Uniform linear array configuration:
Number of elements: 32
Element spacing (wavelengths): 1
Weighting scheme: cosine
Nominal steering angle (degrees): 30
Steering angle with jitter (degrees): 30.721
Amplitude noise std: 0.05
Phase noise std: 0.05

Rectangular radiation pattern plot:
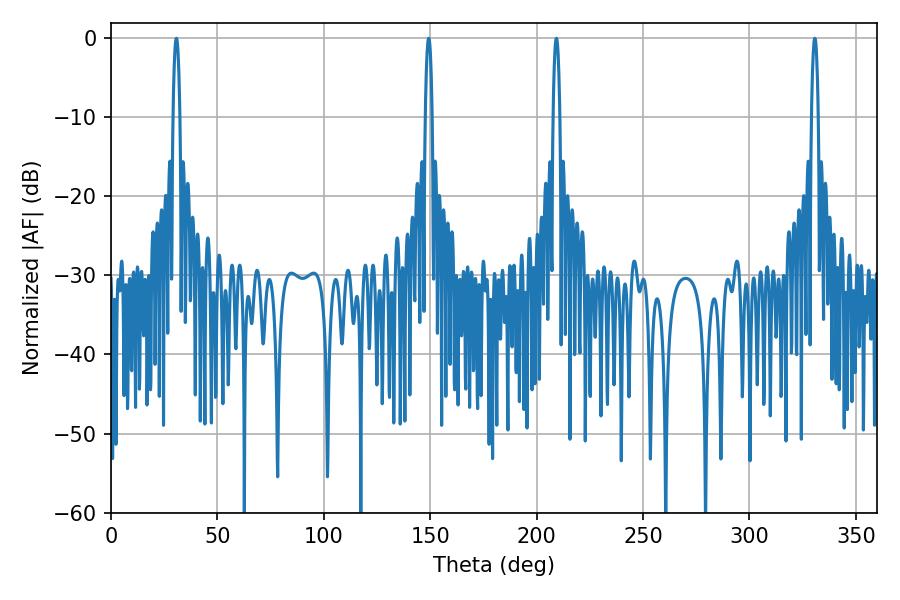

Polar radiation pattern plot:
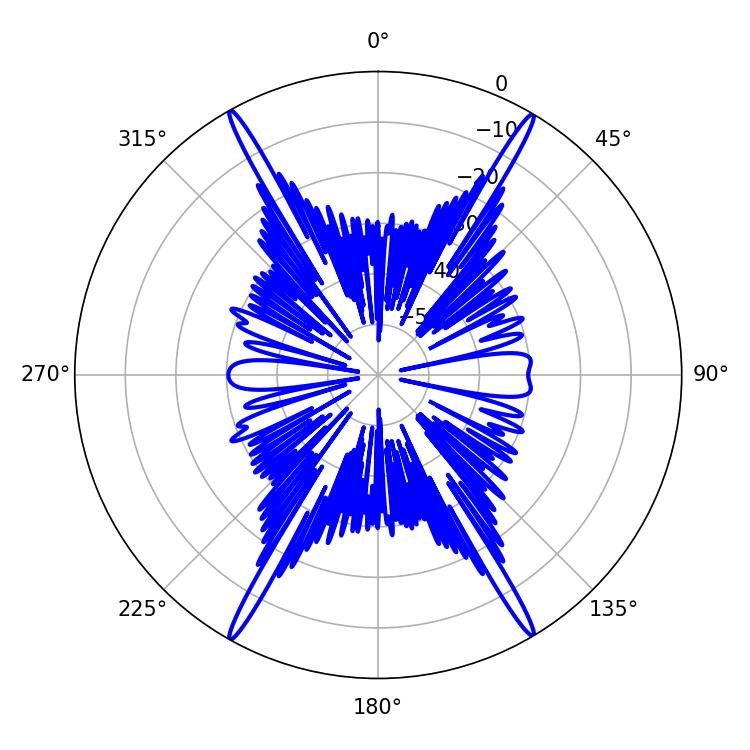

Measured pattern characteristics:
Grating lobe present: TRUE
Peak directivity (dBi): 29.516
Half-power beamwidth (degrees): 1.8
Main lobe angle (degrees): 330.66